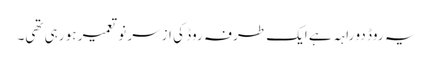
یہ روڈ دو راہہ ہے ایک طرفہ روڈ کی ازسر نو تعمیر ہو رہی تھی۔